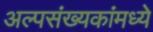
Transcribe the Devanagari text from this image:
अल्पसंख्यकांमध्ये